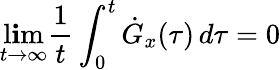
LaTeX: \operatorname*{l\mathbf{i}m}_{t\to\infty}\frac{{1}}{{t}}\int_{0}^{t}\dot{{G}}_{x}(\tau)\, d\tau=0